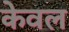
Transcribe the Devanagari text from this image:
केेवल